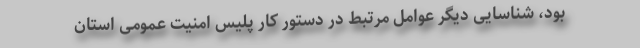
بود، شناسایی دیگر عوامل مرتبط در دستور کار پلیس امنیت عمومی استان